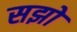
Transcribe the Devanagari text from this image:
सझो